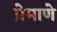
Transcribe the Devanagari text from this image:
प्रेमाणे